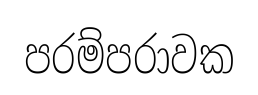
පරම්පරාවක